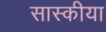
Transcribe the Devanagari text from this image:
सास्कीया